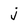
Character: j